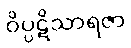
ဝိပ္ပဋိသာရဇာ